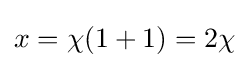
{\textstyle x=\chi (1+1)=2\chi }